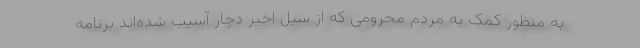
به منظور کمک به مردم محرومی که از سیل اخیر دچار آسیب شده‌اند برنامه